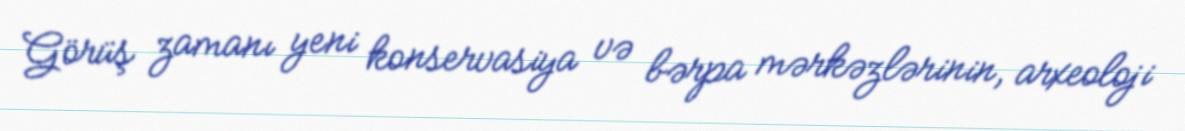
Görüş zamanı yeni konservasiya və bərpa mərkəzlərinin, arxeoloji